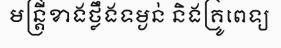
មន្ត្រីខាងថ្លឹងទម្ងន់ និងគ្រូពេទ្យ